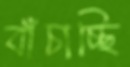
বাঁচাচ্ছি